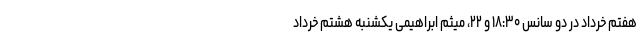
هفتم خرداد در دو سانس ۱۸:۳۰ و ۲۲، میثم ابراهیمی یکشنبه هشتم خرداد